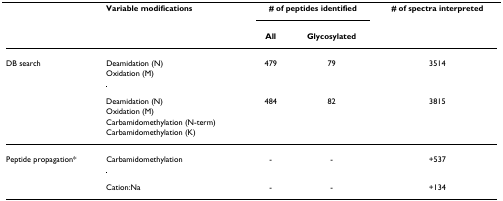
|  | Variable modifications | <COLSPAN=2> # of peptides identified | # of spectra interpreted |
 |  |  | All | Glycosylated |  |
 | --- | --- | --- | --- | --- |
 | DB search | Deamidation (N) | 479 | 79 | 3514 |
 |  | Oxidation (M) |  |  |  |
 |  | Deamidation (N) | 484 | 82 | 3815 |
 |  | Oxidation (M) |  |  |  |
 |  | Carbamidomethylation (N-term) |  |  |  |
 |  | Carbamidomethylation (K) |  |  |  |
 | Peptide propagation* | Carbamidomethylation | - | - | +537 |
 |  | Cation:Na | - | - | +134 |